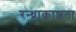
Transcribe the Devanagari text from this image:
रन्ध्राकाशता